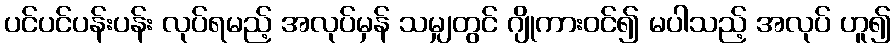
ပင်ပင်ပန်းပန်း လုပ်ရမည့် အလုပ်မှန် သမျှတွင် ဂျိုကားဝင်၍ မပါသည့် အလုပ် ဟူ၍